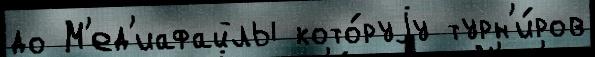
до М'ед'иафайлы кото́руjу турн'и́ров